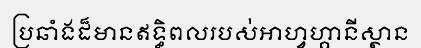
ប្រឆាំងដ៏មានឥទ្ធិពលរបស់អាហ្វហ្គានីស្ថាន